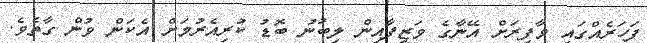
ފަހަރެއްގައި ވާފިރަށް އޭނާގެ ވަޒީފާއިން ލިބުނު ބޮޑު ކުރިއެރުމަށް އެކަން ވުން ގާތެވެ.